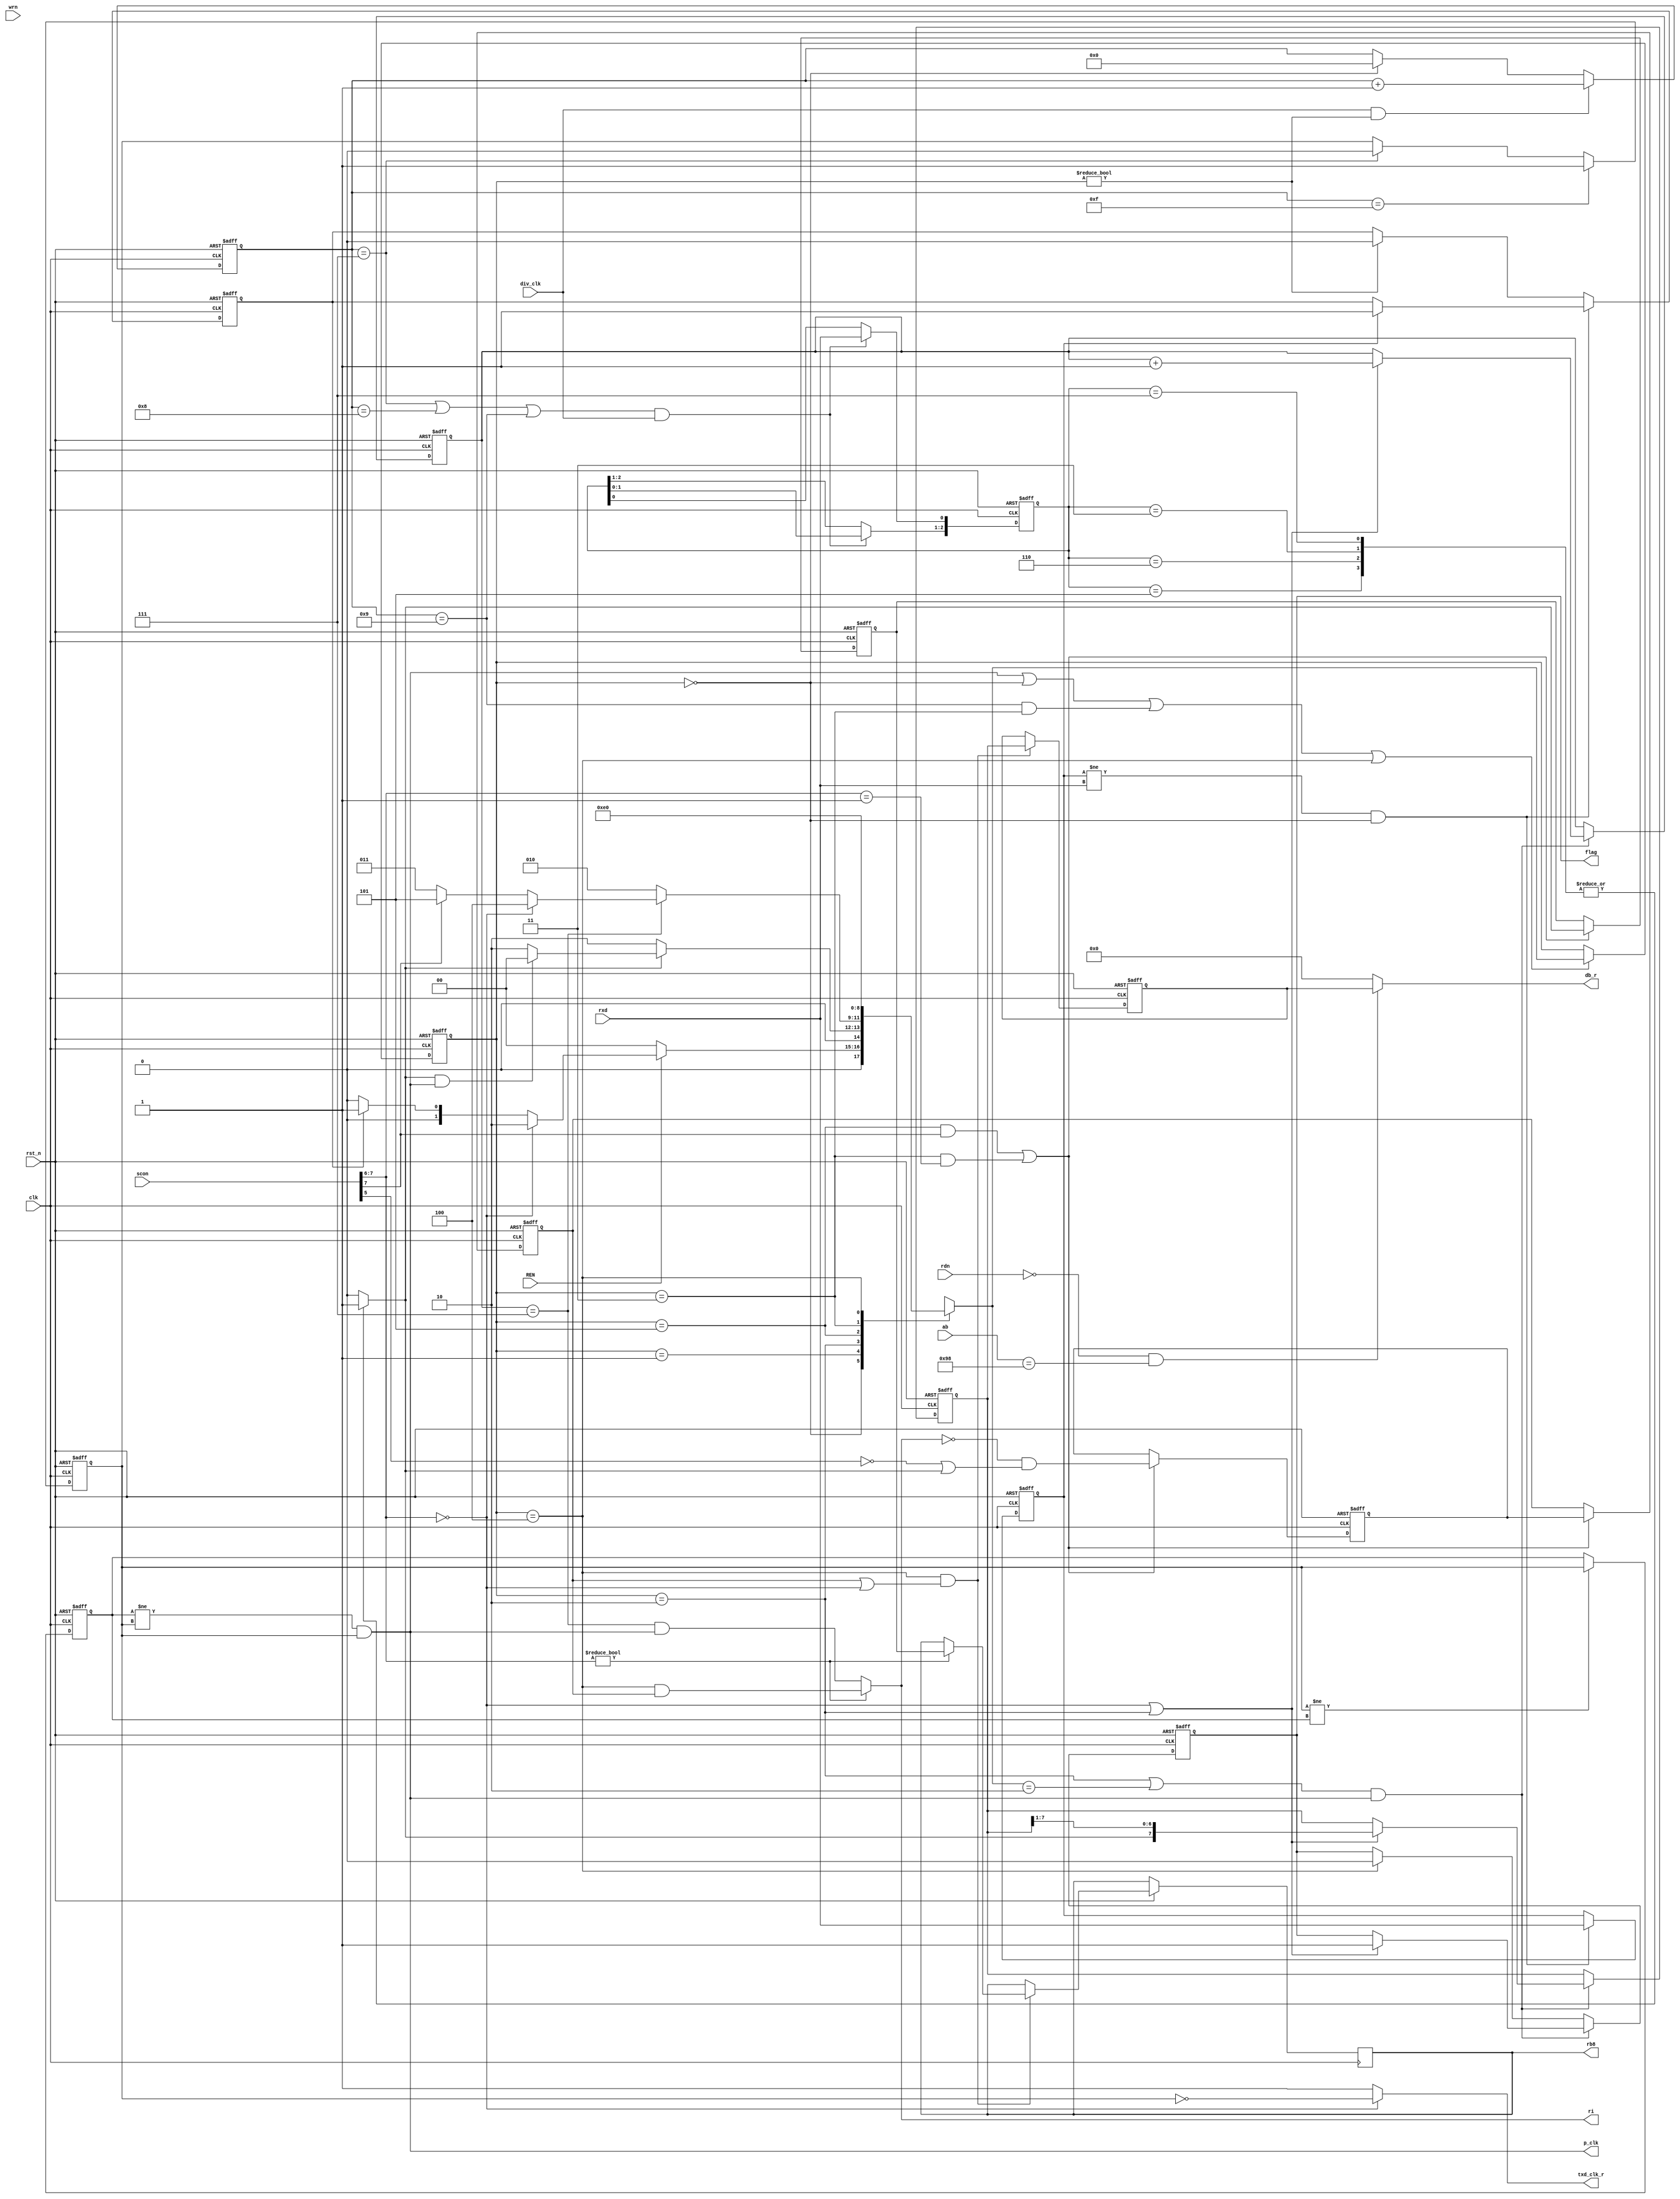

module receive1 (
    input               clk,
    input               rst_n,
    input   wire [7 : 0] ab,
    input               rdn,//
    input               wrn,//
    input   wire        rxd,//
    output  reg        txd_clk_r,//
    input   wire [7 : 0] scon,
    input   wire        div_clk,//
    input               REN,
    output  reg         ri,
                        rb8,
    output  wire [7 : 0] db_r,
    output  wire        p_clk,//
    output  reg        flag
);
    parameter   RBUF_ADDR       = 8'h98;
    parameter   idle            = 3'b000;
    parameter   start           = 3'b001;
    parameter   data            = 3'b010;
    parameter   stop            = 3'b011;
    parameter   inter           = 3'b100;
    parameter   receive_rb8     = 3'b101;
	
	reg     [7 : 0]    RSHIFT;
    reg     [7 : 0]     RBUF;
    wire               rbuf_select;
    wire                sm2;
    
    wire    [1 : 0]     SM;
    
    reg     [2 : 0]     current_state,
                        next_state;
    reg txd_clk;
	reg     [2 : 0] data_capture;
    reg            rxd_a;
	reg    rxd_0,negrxd;
	reg                 r8_en;
	reg    [2 : 0]     r_count;
	reg                 to_buf,
                        rb8_buf;
    assign  SM  = scon[7 : 6];
    assign  sm2 = scon[5];

//
    assign rbuf_select = (ab == RBUF_ADDR);
    assign  db_r = (!rdn && rbuf_select) ? RBUF : 8'b0;

    reg [3 : 0] counter_16;

    reg         txd_clk_0;
//p1 clk ?
    always @(posedge clk or negedge rst_n) begin 
        if (!rst_n)
            counter_16 <= 1'b0;
        else if (div_clk && (current_state != idle)) //
            counter_16 <= counter_16 + 1'b1;
        else if (current_state == idle)
            counter_16 <= 1'b0;
    end
    
    always @(posedge clk  or negedge rst_n) begin // 0?0.5
        if (!rst_n )
            txd_clk <= 1'b1;
        else if (counter_16 == 4'b1111) //16?1
            txd_clk <= 1'b1;
        else if (counter_16 == 4'b0111) //8?0
            txd_clk <= 1'b0;
    end

    always @(*) begin
        if (SM == 2'b00)
            txd_clk_r = !txd_clk;
        else 
            txd_clk_r = 1'b1;
    end

    
    always @(posedge clk  or negedge rst_n) begin
        if (!rst_n)
            txd_clk_0 <= 1'b0;
        else if (txd_clk != txd_clk_0)
            txd_clk_0 <= txd_clk;
    end

    assign p_clk = ( txd_clk_0 != txd_clk) && txd_clk;


//----------------------------   -----------------------------------

//----------------------------  ? --------------------------------

    always @(posedge clk or negedge rst_n) begin
        if (!rst_n) 
            current_state <= idle;
        else if (p_clk || current_state == idle || (counter_16 == 4'b1001 && current_state == stop) || current_state == inter) 
            current_state <= next_state;
    end

//always??
    always @(*) begin
        case (current_state)
            idle:begin
                if (!REN)//
                    next_state = idle;
                else if (SM == 2'b00)//0
                    next_state = data;
                else if (negrxd)//
                    next_state = start;
                else 
                    next_state = idle;
            end
            start:begin 
                if (!rxd_a)//0
                    next_state = data;
                else if (rxd_a && p_clk)
                    next_state = idle;
                else 
                    next_state = data;
            end
            data:begin //????
                if (r_count == 3'b111) begin
                    if (SM == 2'b00)
                        next_state = inter;
                    else  if(SM[1] == 1'b1)
                        next_state = receive_rb8;
                    else 
                        next_state = stop;
                 end
                else
                    next_state = data;
            end
            receive_rb8:
                    next_state = stop;
            stop:
                    next_state = inter;
            inter:
                next_state = idle;
            default: next_state = 3'bx;
        endcase
    end


    

   
    always @(posedge clk or negedge rst_n) begin
        if (!rst_n) 
            data_capture <= 3'b111;//
        else if (((counter_16 == 4'b0111) || (counter_16 == 4'b1000) || (counter_16 == 4'b1001))&& div_clk)  begin
            data_capture[0] <= rxd;
            data_capture[2 : 1] <= data_capture[1 :0];  
        end
    end
    //alwaysrdx?
    always @(data_capture) begin
        case(data_capture)
            3'b111,3'b011,3'b110,3'b101:
                rxd_a = 1'b1;
		    default: 
                rxd_a = 1'b0;
        endcase
    end
	

    always @(posedge clk or negedge rst_n) begin
        if (!rst_n) begin
            rxd_0 <= 1'b0;
            negrxd <= 1'b0;
        end 
        else if ((rxd_0 != rxd) && (current_state == idle)) begin
            rxd_0 <= rxd;
            if (rxd_0 == 1'b1)
                negrxd <= 1'b1;
            end 
        else if (current_state != idle)
            negrxd <= 1'b0;
    end 
    

//--------------------------------------- state = data ---------------------------------------      

    always @(posedge clk or negedge rst_n) begin
        if (!rst_n) begin
            RSHIFT <= 8'b0;
            r_count <= 3'b0;
            flag <= 1'b0;
        end else if (((current_state == data) || (next_state == data)) && p_clk ) begin
                 if ((SM == 2'b00) || (current_state == data))begin//clk
                    RSHIFT <= {rxd_a, RSHIFT[7 : 1]};
                    r_count <= r_count + 1'b1;  
                    flag   <= 1'b1;      
                end 
            end
            else if (current_state== inter)//flag
                flag <= 1'b0;
    end

//----------------------------------------  state = stop ------------------------------------

   
    always @(posedge clk or negedge rst_n)
        if (!rst_n)
            r8_en <= 0;
        else if ((current_state == receive_rb8 && SM[1]==1'b1) || (current_state == stop && SM==2'b01))
            r8_en <= (!ri && (!sm2 || rxd_a));

   
   
    always @(posedge clk or negedge rst_n) begin
        if (!rst_n)begin
            rb8_buf <= 1'b0;
            to_buf <= 1'b0; 
        end else if ((current_state == receive_rb8 && SM[1]==1'b1) || (current_state == stop && SM==2'b01)) begin
            rb8_buf <= rxd_a;
            to_buf <= r8_en; //
        end
    end
//---------------------------------------- state = inter -------------------------------------
//inter?
    always @(posedge clk or negedge rst_n) begin
        if (!rst_n)   
            RBUF <= 8'b0;
        else if ((current_state == inter) && (to_buf || (SM == 2'b00))) begin 
            RBUF <= RSHIFT;
            if (SM != 2'b00)
                rb8 <= rb8_buf;
         end
    end
    always @(*)
        if (SM != 2'b00)
                ri = (current_state == inter) && to_buf ;
        else 
            ri = (r_count == 3'b111) && p_clk;
//-------------------------------------- ? --------------------------------------


endmodule